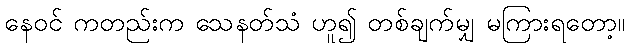
နေဝင် ကတည်းက သေနတ်သံ ဟူ၍ တစ်ချက်မျှ မကြားရတော့။